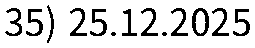
35) 25.12.2025